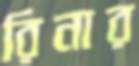
রিনার